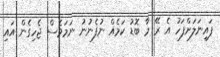
ފައިނަލަށްފަހު އެ ރޭ މާ ބޮޑު ކަމެއް ނުފެނުނު ނަމަވެސް ޖެހިގެން އައި